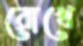
রোখে